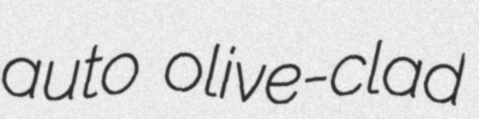
auto olive-clad